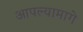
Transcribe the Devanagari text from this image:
आपल्यामागे